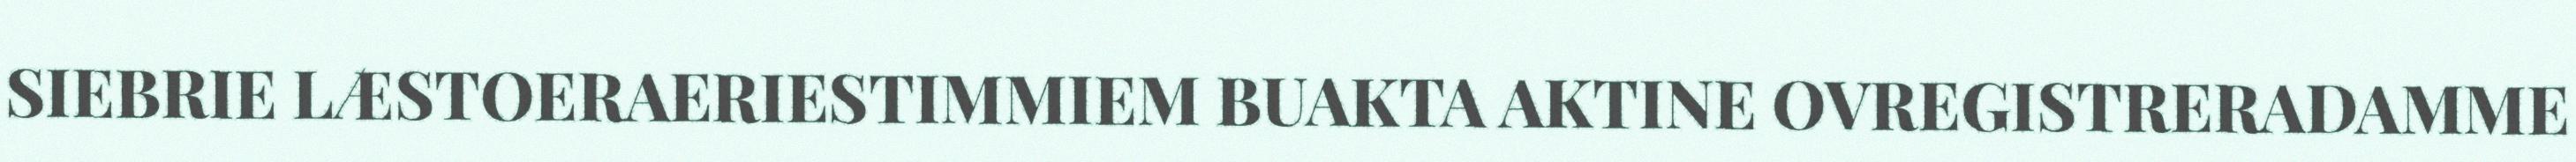
SIEBRIE LÆSTOERAERIESTIMMIEM BUAKTA AKTINE OVREGISTRERADAMME